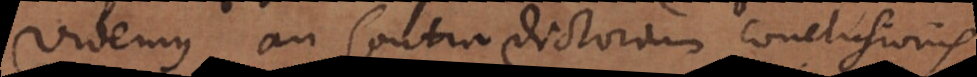
videmus an contradictorium conclusionis